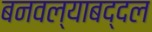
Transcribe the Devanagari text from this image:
बनवल्याबद्दल